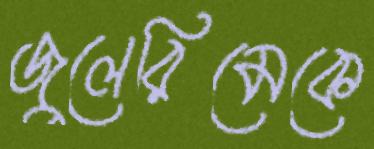
জুলেরিমেকে